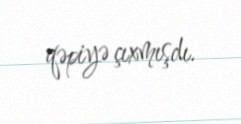
qəpiyə çıxmışdı.